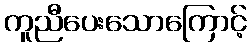
ကူညီပေးသောကြောင့်